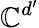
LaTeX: {\mathbb C}^{d^{\prime}}